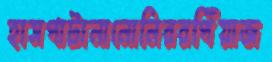
হাসপাটানানোনিররপিঁয়াজ